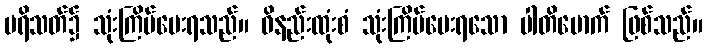
ပရိသတ်၌ သုံးကြိမ်မေးရသည်။ ဝိနည်းထုံးစံ သုံးကြိမ်မေးရသော ပါတိမောက် ဖြစ်သည်။